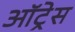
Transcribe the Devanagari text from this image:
ऑट्रेस